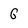
Character: G